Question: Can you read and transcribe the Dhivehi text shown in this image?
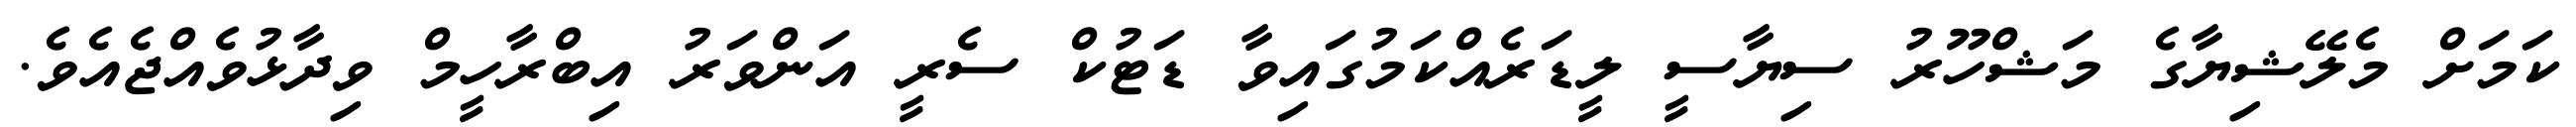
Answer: ކަމަށް މެލޭޝިޔާގެ މަޝްހޫރު ސިޔާސީ ލީޑަރެއްކަމުގައިވާ ޑަޓުކް ސެރީ އަންވަރު އިބްރާހީމް ވިދާޅުވެއްޖެއެވެ.